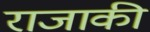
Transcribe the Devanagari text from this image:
राजाकी